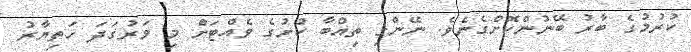
ކުރުމުގެ ބާރު ބޭނުންކޮށްގެނެވެ. ނޭންގި ތިއްބާ ކުށުގެ ވެއްޓަށް މި ވަރުގަދަ ހަތިޔާރު